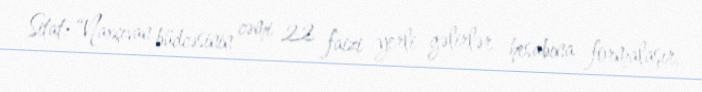
Sitat: “Naxçıvan büdcəsinin cəmi 22 faizi yerli gəlirlər hesabına formalaşır,